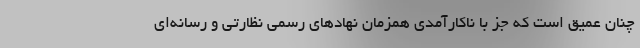
چنان عميق است كه جز با ناكارآمدي همزمان نهادهاي رسمي نظارتي و رسانه‌اي